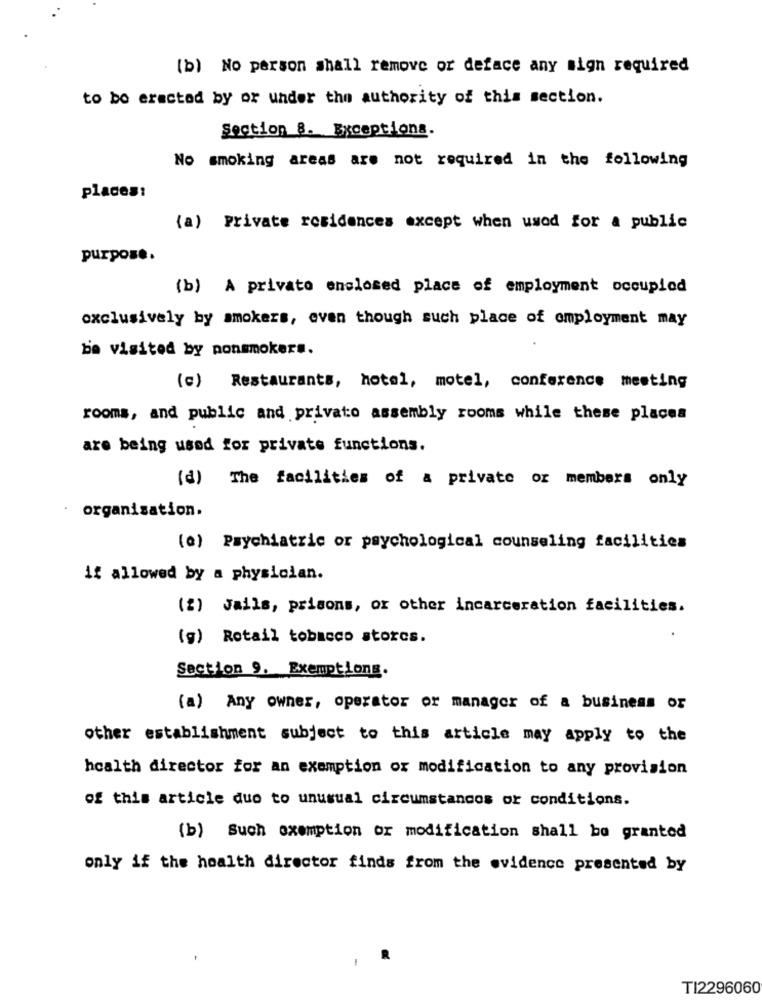
(b) No person shall remove or deface any sign required
to be eracted by or under the authority of this section.
Section 8. Exceptions.
No smoking areas are not required in the following
places:
(a) private residences except when used for a public
purpose.
(b) A privato enclosed place of employment occupied
exclusively by smokers, even though such place of employment may
be visited by nonsmokers.
(c) Restaurants, hotel, motel, conference meeting
rooms, and public and private assembly rooms while these places
are being used for private functions.
(d) The facilities of a private or members only
organisation.
(@) Psychiatric or psychological counseling facilities
if allowed by a physician.
(2) Jails, prisons, or other incarceration facilities.
(g) Rotail tobacco storcs.
Section 9. Exemptions.
(a) Any owner, operator or manager of a business or
other establishment subject to this article may apply to the
health director for an exemption or modification to any provision
of this article duo to unusual circumstances or conditions.
(b) Such exemption or modification shall be granted
only if the hoalth director finds from the evidence presented by
TI2296060